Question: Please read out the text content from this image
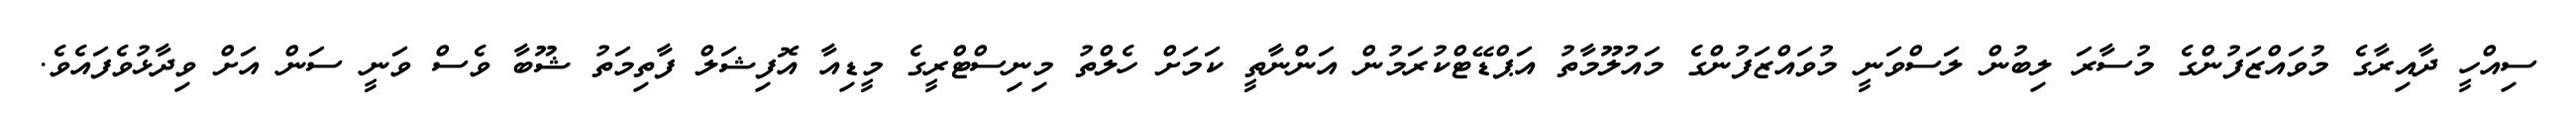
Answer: ސިއްހީ ދާއިރާގެ މުވައްޒަފުންގެ މުސާރަ ލިބުން ލަސްވަނީ މުވައްޒަފުންގެ މައުލޫމާތު އަޕްޑޭޓްކުރަމުން އަންނާތީ ކަމަށް ހެލްތު މިނިސްޓްރީގެ މީޑިއާ އޮފިޝަލް ފާތިމަތު ޝޫބާ ވެސް ވަނީ ސަން އަށް ވިދާޅުވެފައެވެ.